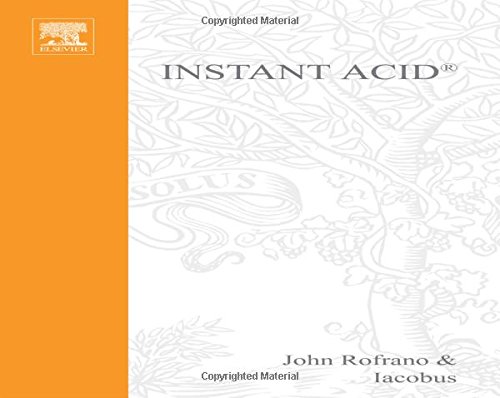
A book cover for Instant ACID; John Rofrano; Computers & Technology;